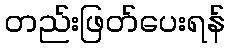
တည်းဖြတ်ပေးရန်